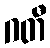
ဂတီ